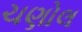
ચણોલ